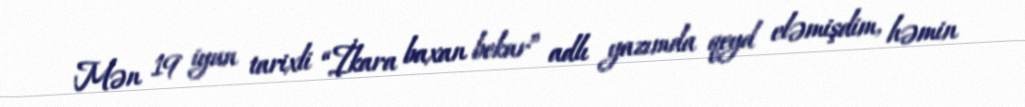
Mən 19 iyun tarixli “İkara baxan bekar” adlı yazımda qeyd eləmişdim, həmin